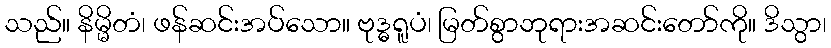
သည်။ နိမ္မိတံ၊ ဖန်ဆင်းအပ်သော။ ဗုဒ္ဓရူပံ၊ မြတ်စွာဘုရားအဆင်းတော်ကို။ ဒိသွာ၊